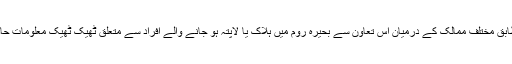
بومبرگر کے مطابق مختلف ممالک کے درمیان اس تعاون سے بحیرہ روم میں ہلاک یا لاپتہ ہو جانے والے افراد سے متعلق ٹھیک ٹھیک معلومات حاصل ہو پائیں گی۔